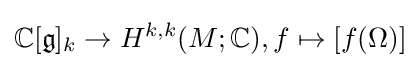
\mathbb {C} [{\mathfrak {g}}]_{k}\to H^{k,k}(M;\mathbb {C} ),f\mapsto [f(\Omega )]